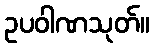
ဥပဝါဏသုတ်။